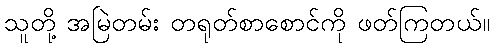
သူတို့ အမြဲတမ်း တရုတ်စာစောင်ကို ဖတ်ကြတယ်။